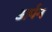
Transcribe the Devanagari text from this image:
अर्पन